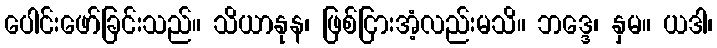
ပေါင်းဖော်ခြင်းသည်။ သိယာနုန၊ ဖြစ်ငြားအံ့လည်းမသိ။ ဘဒ္ဒေ၊ နှမ။ ယဒါ၊